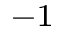
^ { - 1 }